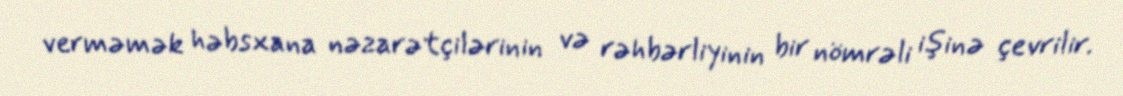
verməmək həbsxana nəzarətçilərinin və rəhbərliyinin bir nömrəli işinə çevrilir.